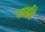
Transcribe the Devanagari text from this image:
गर्ग्यांचे